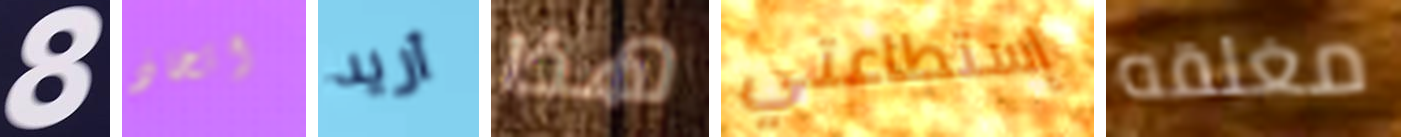
8 اتخاذ أريد هذا إستطاعتي مغلقه